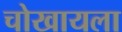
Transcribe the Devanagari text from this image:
चोखायला